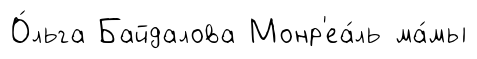
О́льга Байдалова Монр'еа́ль ма́мы